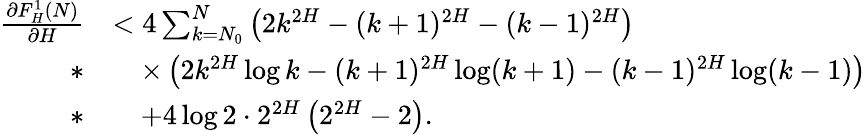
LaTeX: \begin{array}{rl}{\frac{\partial F_{H}^{1}(N)}{\partial H}}&{<4\sum_{k=N_{0}}^{N}\left(2k^{2H}-(k+1)^{2H}-(k-1)^{2H}\right)}\\ {*}&{\quad\times\left(2k^{2H}\log k-(k+1)^{2H}\log(k+1)-(k-1)^{2H}\log(k-1)\right)}\\ {*}&{\quad+4\log 2\cdot 2^{2H}\left(2^{2H}-2\right).}\end{array}